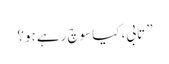
” تابی، کیا سوچ رہے ہو؟